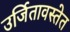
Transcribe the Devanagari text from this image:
उर्जितावस्तेत